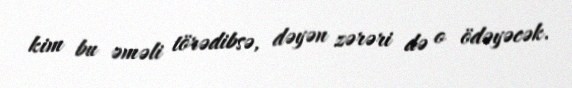
kim bu əməli törədibsə, dəyən zərəri də o ödəyəcək.